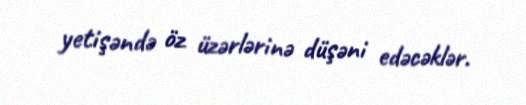
yetişəndə öz üzərlərinə düşəni edəcəklər.